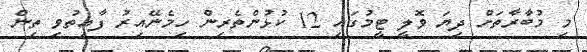
މި މުބާރާތަށް ދިޔަ ވޮލީ ޓީމުގައި 12 ކުޅުންތެރިން ހިމެނޭއިރު ފާއިތުވި ތިން